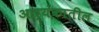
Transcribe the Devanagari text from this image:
आर्यंकातील